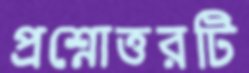
প্রশ্নোত্তরটি